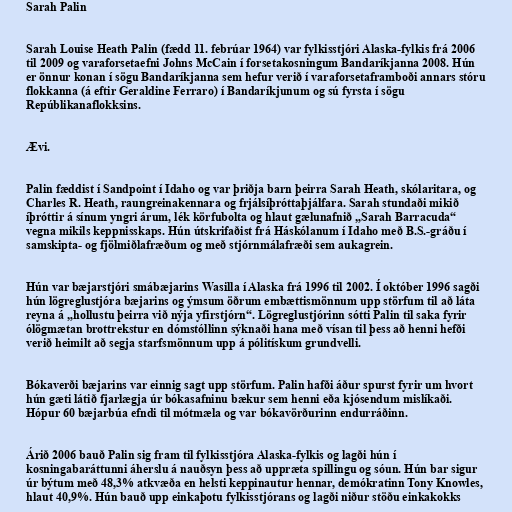
Sarah Palin

Sarah Louise Heath Palin (fædd 11. febrúar 1964) var fylkisstjóri Alaska-fylkis frá 2006
til 2009 og varaforsetaefni Johns McCain í forsetakosningum Bandaríkjanna 2008. Hún
er önnur konan í sögu Bandaríkjanna sem hefur verið í varaforsetaframboði annars stóru
flokkanna (á eftir Geraldine Ferraro) í Bandaríkjunum og sú fyrsta í sögu
Repúblikanaflokksins.

Ævi.

Palin fæddist í Sandpoint í Idaho og var þriðja barn þeirra Sarah Heath, skólaritara, og
Charles R. Heath, raungreinakennara og frjálsíþróttaþjálfara. Sarah stundaði mikið
íþróttir á sínum yngri árum, lék körfubolta og hlaut gælunafnið „Sarah Barracuda“
vegna mikils keppnisskaps. Hún útskrifaðist frá Háskólanum í Idaho með B.S.-gráðu í
samskipta- og fjölmiðlafræðum og með stjórnmálafræði sem aukagrein.

Hún var bæjarstjóri smábæjarins Wasilla í Alaska frá 1996 til 2002. Í október 1996 sagði
hún lögreglustjóra bæjarins og ýmsum öðrum embættismönnum upp störfum til að láta
reyna á „hollustu þeirra við nýja yfirstjórn“. Lögreglustjórinn sótti Palin til saka fyrir
ólögmætan brottrekstur en dómstóllinn sýknaði hana með vísan til þess að henni hefði
verið heimilt að segja starfsmönnum upp á pólitískum grundvelli.

Bókaverði bæjarins var einnig sagt upp störfum. Palin hafði áður spurst fyrir um hvort
hún gæti látið fjarlægja úr bókasafninu bækur sem henni eða kjósendum mislíkaði.
Hópur 60 bæjarbúa efndi til mótmæla og var bókavörðurinn endurráðinn.

Árið 2006 bauð Palin sig fram til fylkisstjóra Alaska-fylkis og lagði hún í
kosningabaráttunni áherslu á nauðsyn þess að uppræta spillingu og sóun. Hún bar sigur
úr býtum með 48,3% atkvæða en helsti keppinautur hennar, demókratinn Tony Knowles,
hlaut 40,9%. Hún bauð upp einkaþotu fylkisstjórans og lagði niður stöðu einkakokks